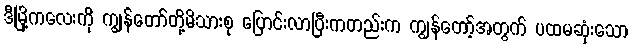
ဒီမြို့ကလေးကို ကျွန်တော်တို့မိသားစု ပြောင်းလာပြီးကတည်းက ကျွန်တော့်အတွက် ပထမဆုံးသော